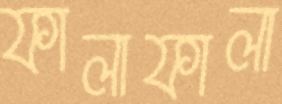
ফালাফালা